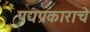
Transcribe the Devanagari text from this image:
पद्यप्रकाराचे